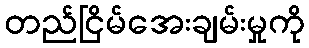
တည်ငြိမ်အေးချမ်းမှုကို